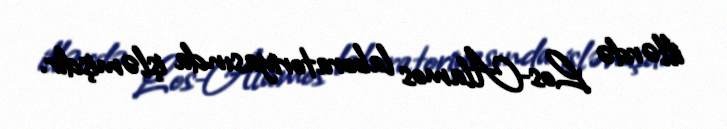
illərdə Los-Alamos laboratoriyasında işləmişdir.